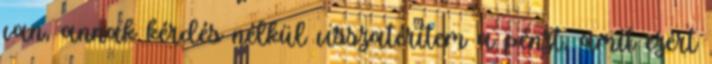
van, annak kérdés nélkül visszatérítem a pénzt, amit ezért